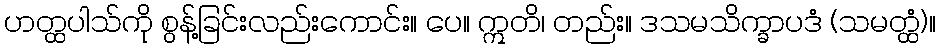
ဟတ္ထပါသ်ကို စွန့်ခြင်းလည်းကောင်း။ ပေ။ ဣတိ၊ တည်း။ ဒသမသိက္ခာပဒံ (သမတ္ထံ)။